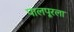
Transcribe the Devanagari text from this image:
पालपूरला